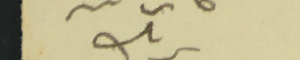
يزبك